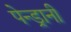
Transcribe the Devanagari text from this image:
पेन्ड्रानी